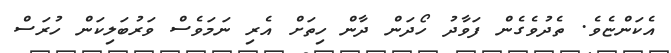
އެކަންޏެވެ. ތެދުވެގެން ފަވާދު ހޯދަން ދާން ހިތަށް އެރި ނަމަވެސް ވަރުބަލިކަން ހުރަސް